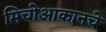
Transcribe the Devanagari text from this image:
मिचोआकानचे